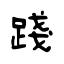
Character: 踐